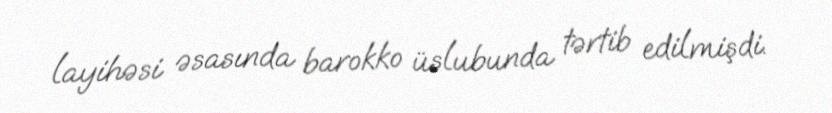
layihəsi əsasında barokko üslubunda tərtib edilmişdi.